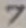
Text: 7